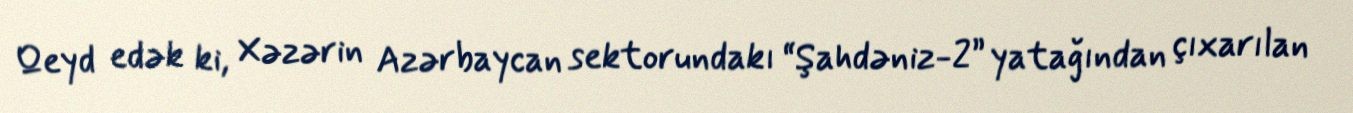
Qeyd edək ki, Xəzərin Azərbaycan sektorundakı “Şahdəniz-2” yatağından çıxarılan